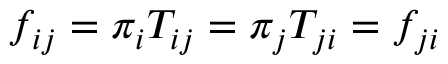
f _ { i j } = \pi _ { i } T _ { i j } = \pi _ { j } T _ { j i } = f _ { j i }